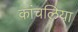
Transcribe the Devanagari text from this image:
कांचलिया